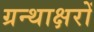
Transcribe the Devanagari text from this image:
ग्रन्थाक्षरों